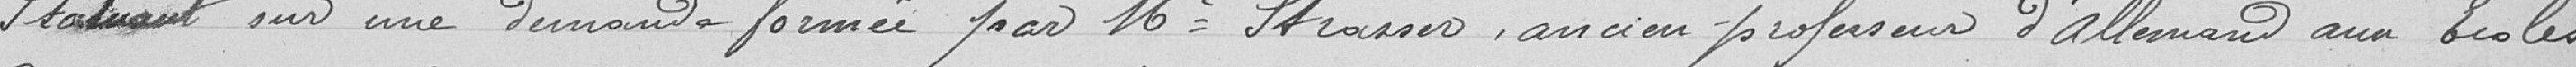
statuant sur une demande formée par M. Strasser, ancien professeur d’allemand aux écoles